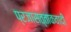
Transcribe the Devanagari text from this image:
प्रजासत्ताकवादी